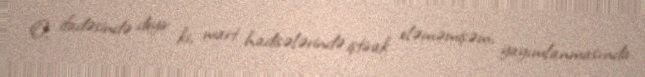
O, ifadəsində deyir ki, mart hadisələrində iştirak eləməmişəm, yayımlanmasında